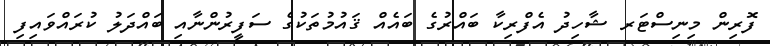
ފޮރިން މިނިސްޓަރ ޝާހިދު އެފްރިކާ ބައްރުގެ ބައެއް ޤައުމުތަކުގެ ސަފީރުންނާއި ބައްދަލު ކުރައްވައިފި